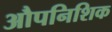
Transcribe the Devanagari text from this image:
औपनिशिक